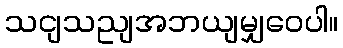
သငျသညျအဘယျမျှဝေပါ။